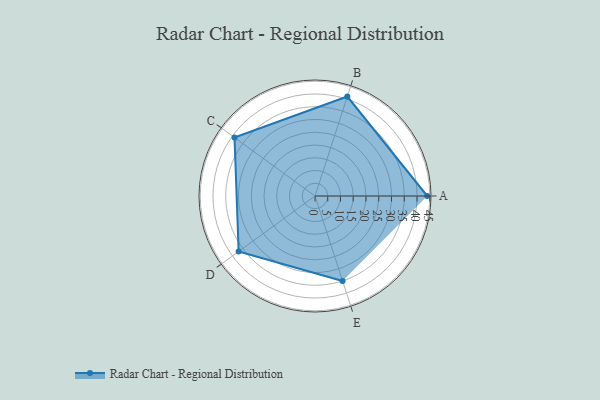
{"axis": {"x": "Skill", "y": "Score"}, "legend": ["Profile"], "data": [{"x": "A", "y": 44.0, "type": "Profile"}, {"x": "B", "y": 41.0, "type": "Profile"}, {"x": "C", "y": 39.0, "type": "Profile"}, {"x": "D", "y": 37.0, "type": "Profile"}, {"x": "E", "y": 35.0, "type": "Profile"}]}